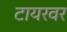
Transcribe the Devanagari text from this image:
टायरवर